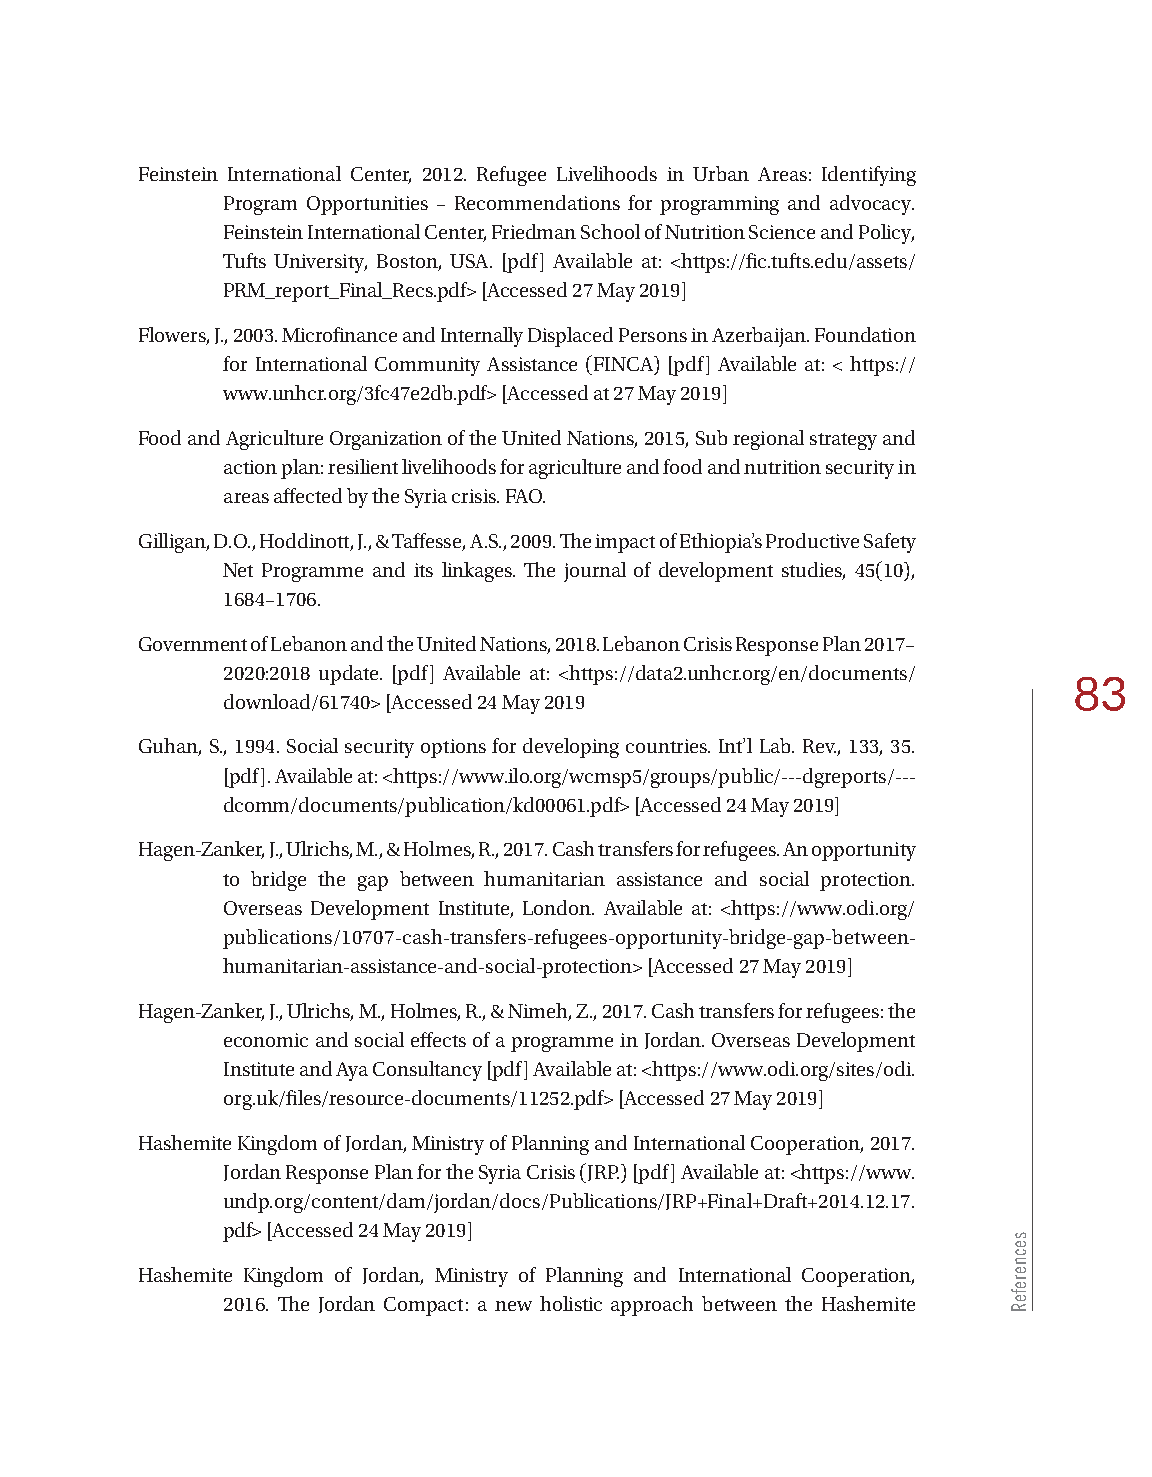
Feinstein International Center, 2012. Refugee Livelihoods in Urban Areas: Identifying
 Program Opportunities – Recommendations for programming and advocacy.
 Feinstein International Center, Friedman School of Nutrition Science and Policy,
 Tufts University, Boston, USA. [pdf] Available at: <https://fic.tufts.edu/assets/
 PRM_report_Final_Recs.pdf> [Accessed 27 May 2019]
 Flowers, J., 2003. Microfinance and Internally Displaced Persons in Azerbaijan. Foundation
 for International Community Assistance (FINCA) [pdf] Available at: < https://
 www.unhcr.org/3fc47e2db.pdf> [Accessed at 27 May 2019]
 Food and Agriculture Organization of the United Nations, 2015, Sub regional strategy and
 action plan: resilient livelihoods for agriculture and food and nutrition security in
 areas affected by the Syria crisis. FAO.
 Gilligan, D.O., Hoddinott, J., & Taffesse, A.S., 2009. The impact of Ethiopia’s Productive Safety
 Net Programme and its linkages. The journal of development studies, 45(10),
 1684–1706.
 Government of Lebanon and the United Nations, 2018. Lebanon Crisis Response Plan 2017–
 2020:2018 update. [pdf] Available at: <https://data2.unhcr.org/en/documents/
 83
 download/61740> [Accessed 24 May 2019
 Guhan, S., 1994. Social security options for developing countries. Int’l Lab. Rev., 133, 35.
 [pdf]. Available at: <https://www.ilo.org/wcmsp5/groups/public/---dgreports/---
 dcomm/documents/publication/kd00061.pdf> [Accessed 24 May 2019]
 Hagen-Zanker, J., Ulrichs, M., & Holmes, R., 2017. Cash transfers for refugees. An opportunity
 to bridge the gap between humanitarian assistance and social protection.
 Overseas Development Institute, London. Available at: <https://www.odi.org/
 publications/10707-cash-transfers-refugees-opportunity-bridge-gap-between-
 humanitarian-assistance-and-social-protection> [Accessed 27 May 2019]
 Hagen-Zanker, J., Ulrichs, M., Holmes, R., & Nimeh, Z., 2017. Cash transfers for refugees: the
 economic and social effects of a programme in Jordan. Overseas Development
 Institute and Aya Consultancy [pdf] Available at: <https://www.odi.org/sites/odi.
 org.uk/files/resource-documents/11252.pdf> [Accessed 27 May 2019]
 Hashemite Kingdom of Jordan, Ministry of Planning and International Cooperation, 2017.
 Jordan Response Plan for the Syria Crisis (JRP.) [pdf] Available at: <https://www.
 undp.org/content/dam/jordan/docs/Publications/JRP+Final+Draft+2014.12.17.
 pdf> [Accessed 24 May 2019]
 Hashemite Kingdom of Jordan, Ministry of Planning and International Cooperation,
 2016. The Jordan Compact: a new holistic approach between the Hashemite
 secnerefeR